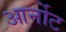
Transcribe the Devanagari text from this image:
आर्नोट